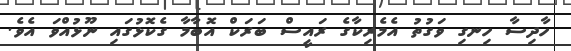
ހާދިސާ ހިނގި ވަގުތު އެމެރިކާގެ ރައީސް ބަރަކް އޮބާމާ ގެކޮޅުގައި ނޫޅުއްވަ އެވެ.